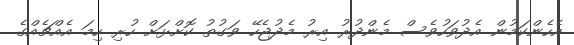
އެހެންކަމުން އެދުވަހުވެސް މެންދުރު އިރު މެދުޖެހޭ ވަގުތު ކޮށްޅަށް ހުރި ހިމަ އެއްޗެއްގެ